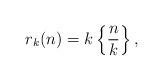
LaTeX: \begin{align*}r_k(n) = k \left\{\frac{n}{k}\right\},\end{align*}